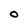
Character: O